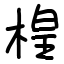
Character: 楻